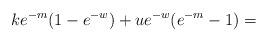
LaTeX: \begin{align*} ke^{-m}(1-e^{-w})+ue^{-w}(e^{-m}-1)= \end{align*}